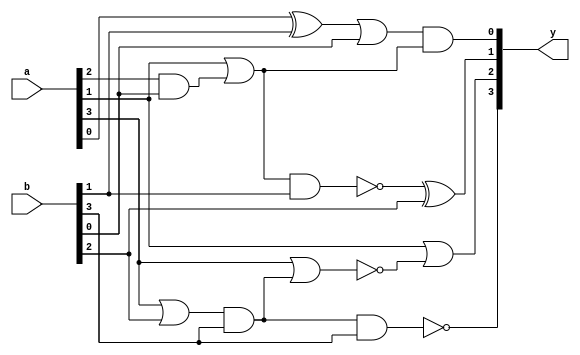
module test_3(y,a,b);

input [3:0] a,b;
output [3:0] y;
wire [7:0] w;

xor xor_1(w[0],a[0],b[1]);
or or_1(w[1],w[0],b[0]);
and and_1(w[2],a[2],b[0]);
or or_2(w[3],a[1],w[2]);
and and_2(y[0],w[1],w[3]);
nand nand_1(w[4],w[3],b[1]);
xor xor_2(y[1],w[4],b[2]);

or or_3(w[5],a[3],b[2]);
and and_3(w[7],w[5],b[3]);
nor nor_1(w[6],a[3],w[7]);
or or_4(y[2],a[1],w[6]);
nand nand_2(y[3],w[7],b[3]);

endmodule